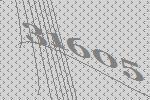
31605